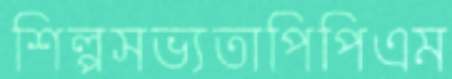
শিল্পসভ্যতাপিপিএম